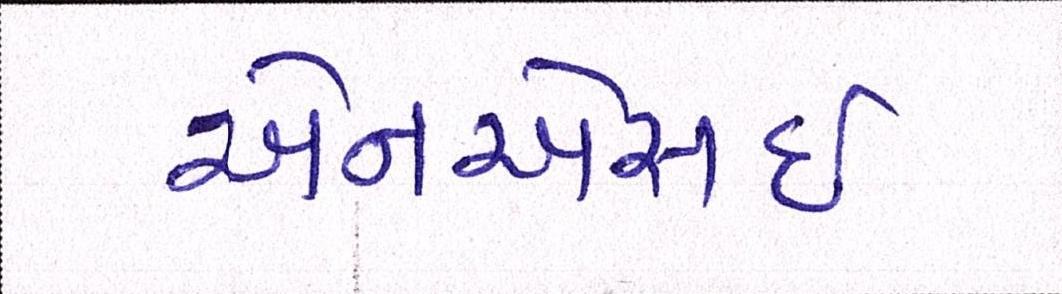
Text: એનએસઇ